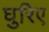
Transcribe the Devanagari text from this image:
घुरिए